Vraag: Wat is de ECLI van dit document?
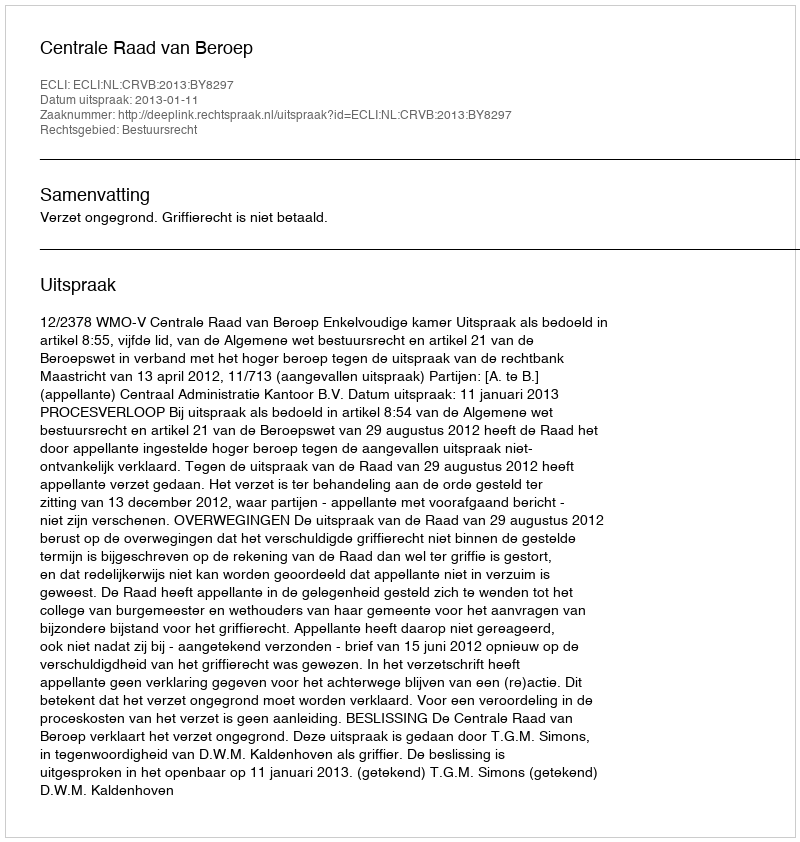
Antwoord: ECLI:NL:CRVB:2013:BY8297